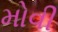
મોવી